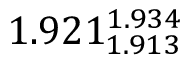
1 . 9 2 1 _ { 1 . 9 1 3 } ^ { 1 . 9 3 4 }